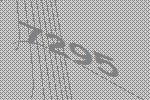
7295